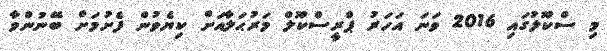
މި ސްކޫލުގައި 2016 ވަނަ އަހަރު ޕްރީސްކޫލް މަރުޙަލާއަށް ކިޔެވުން ފެށުމަށް ބޭނުންވާ